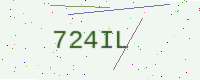
Text: 724IL